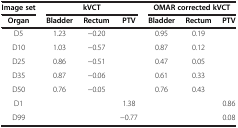
<table><thead><tr><td><b>Image set</b></td><td colspan="3"><b>kVCT</b></td><td colspan="3"><b>OMAR corrected kVCT</b></td></tr><tr><td><b>Organ</b></td><td><b>Bladder</b></td><td><b>Rectum</b></td><td><b>PTV</b></td><td><b>Bladder</b></td><td><b>Rectum</b></td><td><b>PTV</b></td></tr></thead><tbody><tr><td>D5</td><td>1.23</td><td>-0.20</td><td> </td><td>0.95</td><td>0.19</td><td> </td></tr><tr><td>D10</td><td>1.03</td><td>-0.57</td><td> </td><td>0.87</td><td>0.12</td><td> </td></tr><tr><td>D25</td><td>0.86</td><td>-0.51</td><td> </td><td>0.47</td><td>0.05</td><td> </td></tr><tr><td>D35</td><td>0.87</td><td>-0.06</td><td> </td><td>0.61</td><td>0.33</td><td> </td></tr><tr><td>D50</td><td>0.76</td><td>-0.05</td><td> </td><td>0.76</td><td>0.43</td><td> </td></tr><tr><td>D1</td><td> </td><td> </td><td>1.38</td><td> </td><td> </td><td>0.86</td></tr><tr><td>D99</td><td> </td><td> </td><td>-0.77</td><td> </td><td> </td><td>0.08</td></tr></tbody></table>